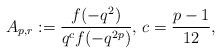
LaTeX: \begin{align*}A_{p,r}:=\frac{f(-q^2)}{q^{c}f(-q^{2p})}\textrm{, }c=\frac{p-1}{12},\end{align*}